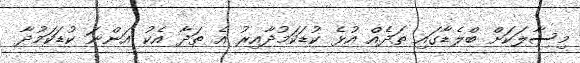
މިސާލަކަށް ބްލެޑާގައި ތަދެއް އުޅެ ކުޑަކަމުދާއިރު އެ ތަދާ އެކު އަންނަ ކުޑަކަމުދާ